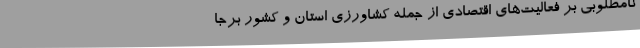
نامطلوبی بر فعالیت‌های اقتصادی از جمله کشاورزی استان و کشور برجا